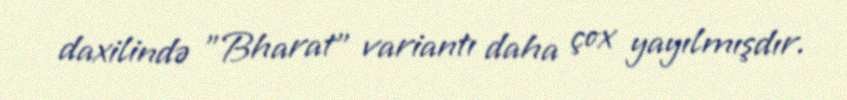
daxilində "Bharat" variantı daha çox yayılmışdır.